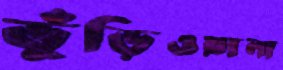
ভুঁড়িওয়ালা